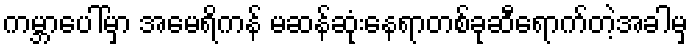
ကမ္ဘာပေါ်မှာ အမေရိကန် မဆန်ဆုံးနေရာတစ်ခုဆီရောက်တဲ့အခါမှ